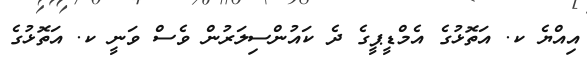
އިއްޔެ ކ. އަތޮޅުގެ އެމްޑީޕީގެ ދެ ކައުންސިލަރުން ވެސް ވަނީ ކ. އަތޮޅުގެ